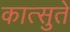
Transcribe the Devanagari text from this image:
कात्सुते